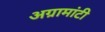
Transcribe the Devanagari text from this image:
अग्रामांटी